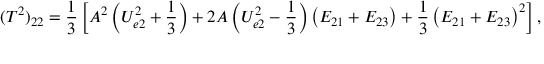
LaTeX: ( T ^ { 2 } ) _ { 2 2 } = \frac { 1 } { 3 } \left[ A ^ { 2 } \left( U _ { e 2 } ^ { 2 } + \frac { 1 } { 3 } \right) + 2 A \left( U _ { e 2 } ^ { 2 } - \frac { 1 } { 3 } \right) \left( E _ { 2 1 } + E _ { 2 3 } \right) + \frac { 1 } { 3 } \left( E _ { 2 1 } + E _ { 2 3 } \right) ^ { 2 } \right] ,